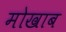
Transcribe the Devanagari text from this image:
मोखाब